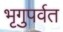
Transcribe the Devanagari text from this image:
भृगुपर्वत